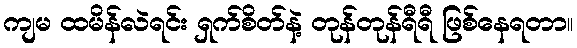
ကျမ ထမိန်လဲရင်း ရှက်စိတ်နဲ့ တုန်တုန်ရီရီ ဖြစ်နေရတာ။